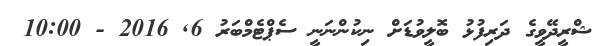
ޝްރީދޭވީގެ ދަރިފުޅު ބޮލީވުޑަށް ނިކުންނަނީ ސެޕްޓެމްބަރު 6